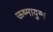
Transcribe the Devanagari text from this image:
ऊष्मायुग्म